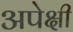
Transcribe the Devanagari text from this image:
अपेक्षी